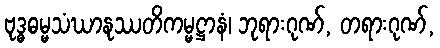
ဗုဒ္ဓဓမ္မသံဃာနုဿတိကမ္မဋ္ဌာနံ၊ ဘုရားဂုဏ်, တရားဂုဏ်,